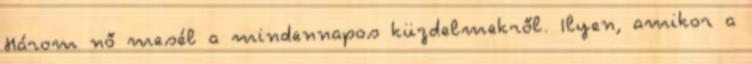
Három nő mesél a mindennapos küzdelmekről. Ilyen, amikor a